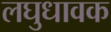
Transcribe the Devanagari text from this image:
लघुधावक